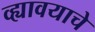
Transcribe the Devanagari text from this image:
व्ह्यावयाचे